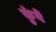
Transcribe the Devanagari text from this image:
कुंवे